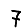
Digit: 7